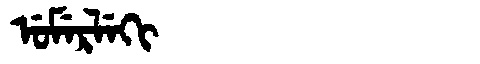
Manchu: ᡠᠮᡝᡵᠯᡝᡴᡳ
Romanization: UMERLEKI